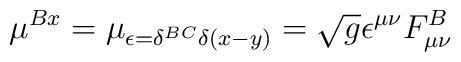
\mu^{Bx}=\mu_{\epsilon=\delta^{BC}\delta(x-y)}=\sqrt{g}\epsilon^{\mu\nu}F_{\mu\nu}^B